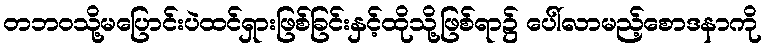
တဘဝသို့မပြောင်းပဲထင်ရှားဖြစ်ခြင်းနှင့်ထိုသို့ဖြစ်ရာ၌ ပေါ်လာမည့်စောဒနာကို